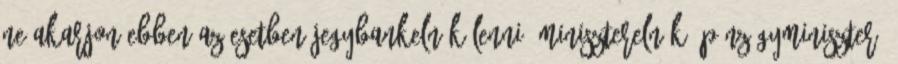
ne akarjon ebben az esetben jegybankelnök lenni, miniszterelnök, pénzügyminiszter,